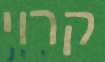
קרוי